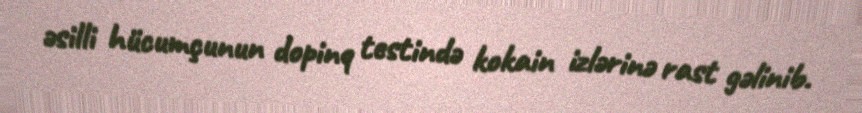
əsilli hücumçunun dopinq testində kokain izlərinə rast gəlinib.